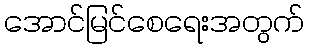
အောင်မြင်စေရေးအတွက်